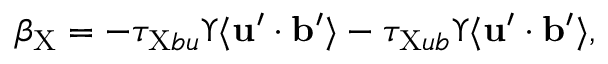
\beta _ { \mathrm { { X } } } = - \tau _ { \mathrm { { X } } b u } \Upsilon \langle { { \bf { u } } ^ { \prime } \cdot { \bf { b } } ^ { \prime } } \rangle - \tau _ { \mathrm { { X } } u b } \Upsilon \langle { { \bf { u } } ^ { \prime } \cdot { \bf { b } } ^ { \prime } } \rangle ,